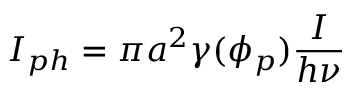
I _ { p h } = \pi a ^ { 2 } \gamma ( \phi _ { p } ) \frac { I } { h \nu }